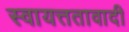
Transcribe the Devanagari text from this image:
स्वायत्ततावादी